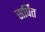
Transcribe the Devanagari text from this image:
सर्पित